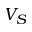
V _ { S }